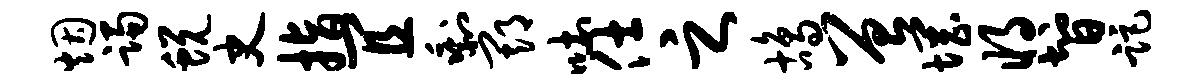
烟躅蜕史指宜剩期吐仕之鸪曾惘将智距